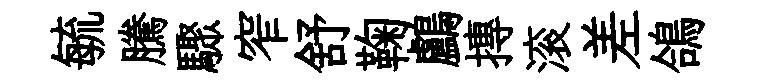
毓騰驟窄舒鞠鸕摶滚差鴿